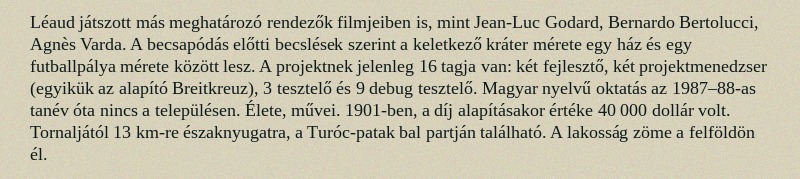
Léaud játszott más meghatározó rendezők filmjeiben is, mint Jean-Luc Godard, Bernardo Bertolucci, Agnès Varda. A becsapódás előtti becslések szerint a keletkező kráter mérete egy ház és egy futballpálya mérete között lesz. A projektnek jelenleg 16 tagja van: két fejlesztő, két projektmenedzser (egyikük az alapító Breitkreuz), 3 tesztelő és 9 debug tesztelő. Magyar nyelvű oktatás az 1987–88-as tanév óta nincs a településen. Élete, művei. 1901-ben, a díj alapításakor értéke 40 000 dollár volt. Tornaljától 13 km-re északnyugatra, a Turóc-patak bal partján található. A lakosság zöme a felföldön él.